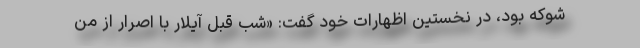
شوکه بود، در نخستین اظهارات خود گفت: «شب قبل آیلار با اصرار از من